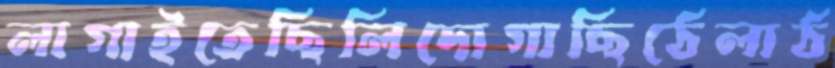
লাগাইতেছিলিদোগাছিঠেলাঠ